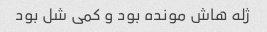
ژله هاش مونده بود و کمی شل بود